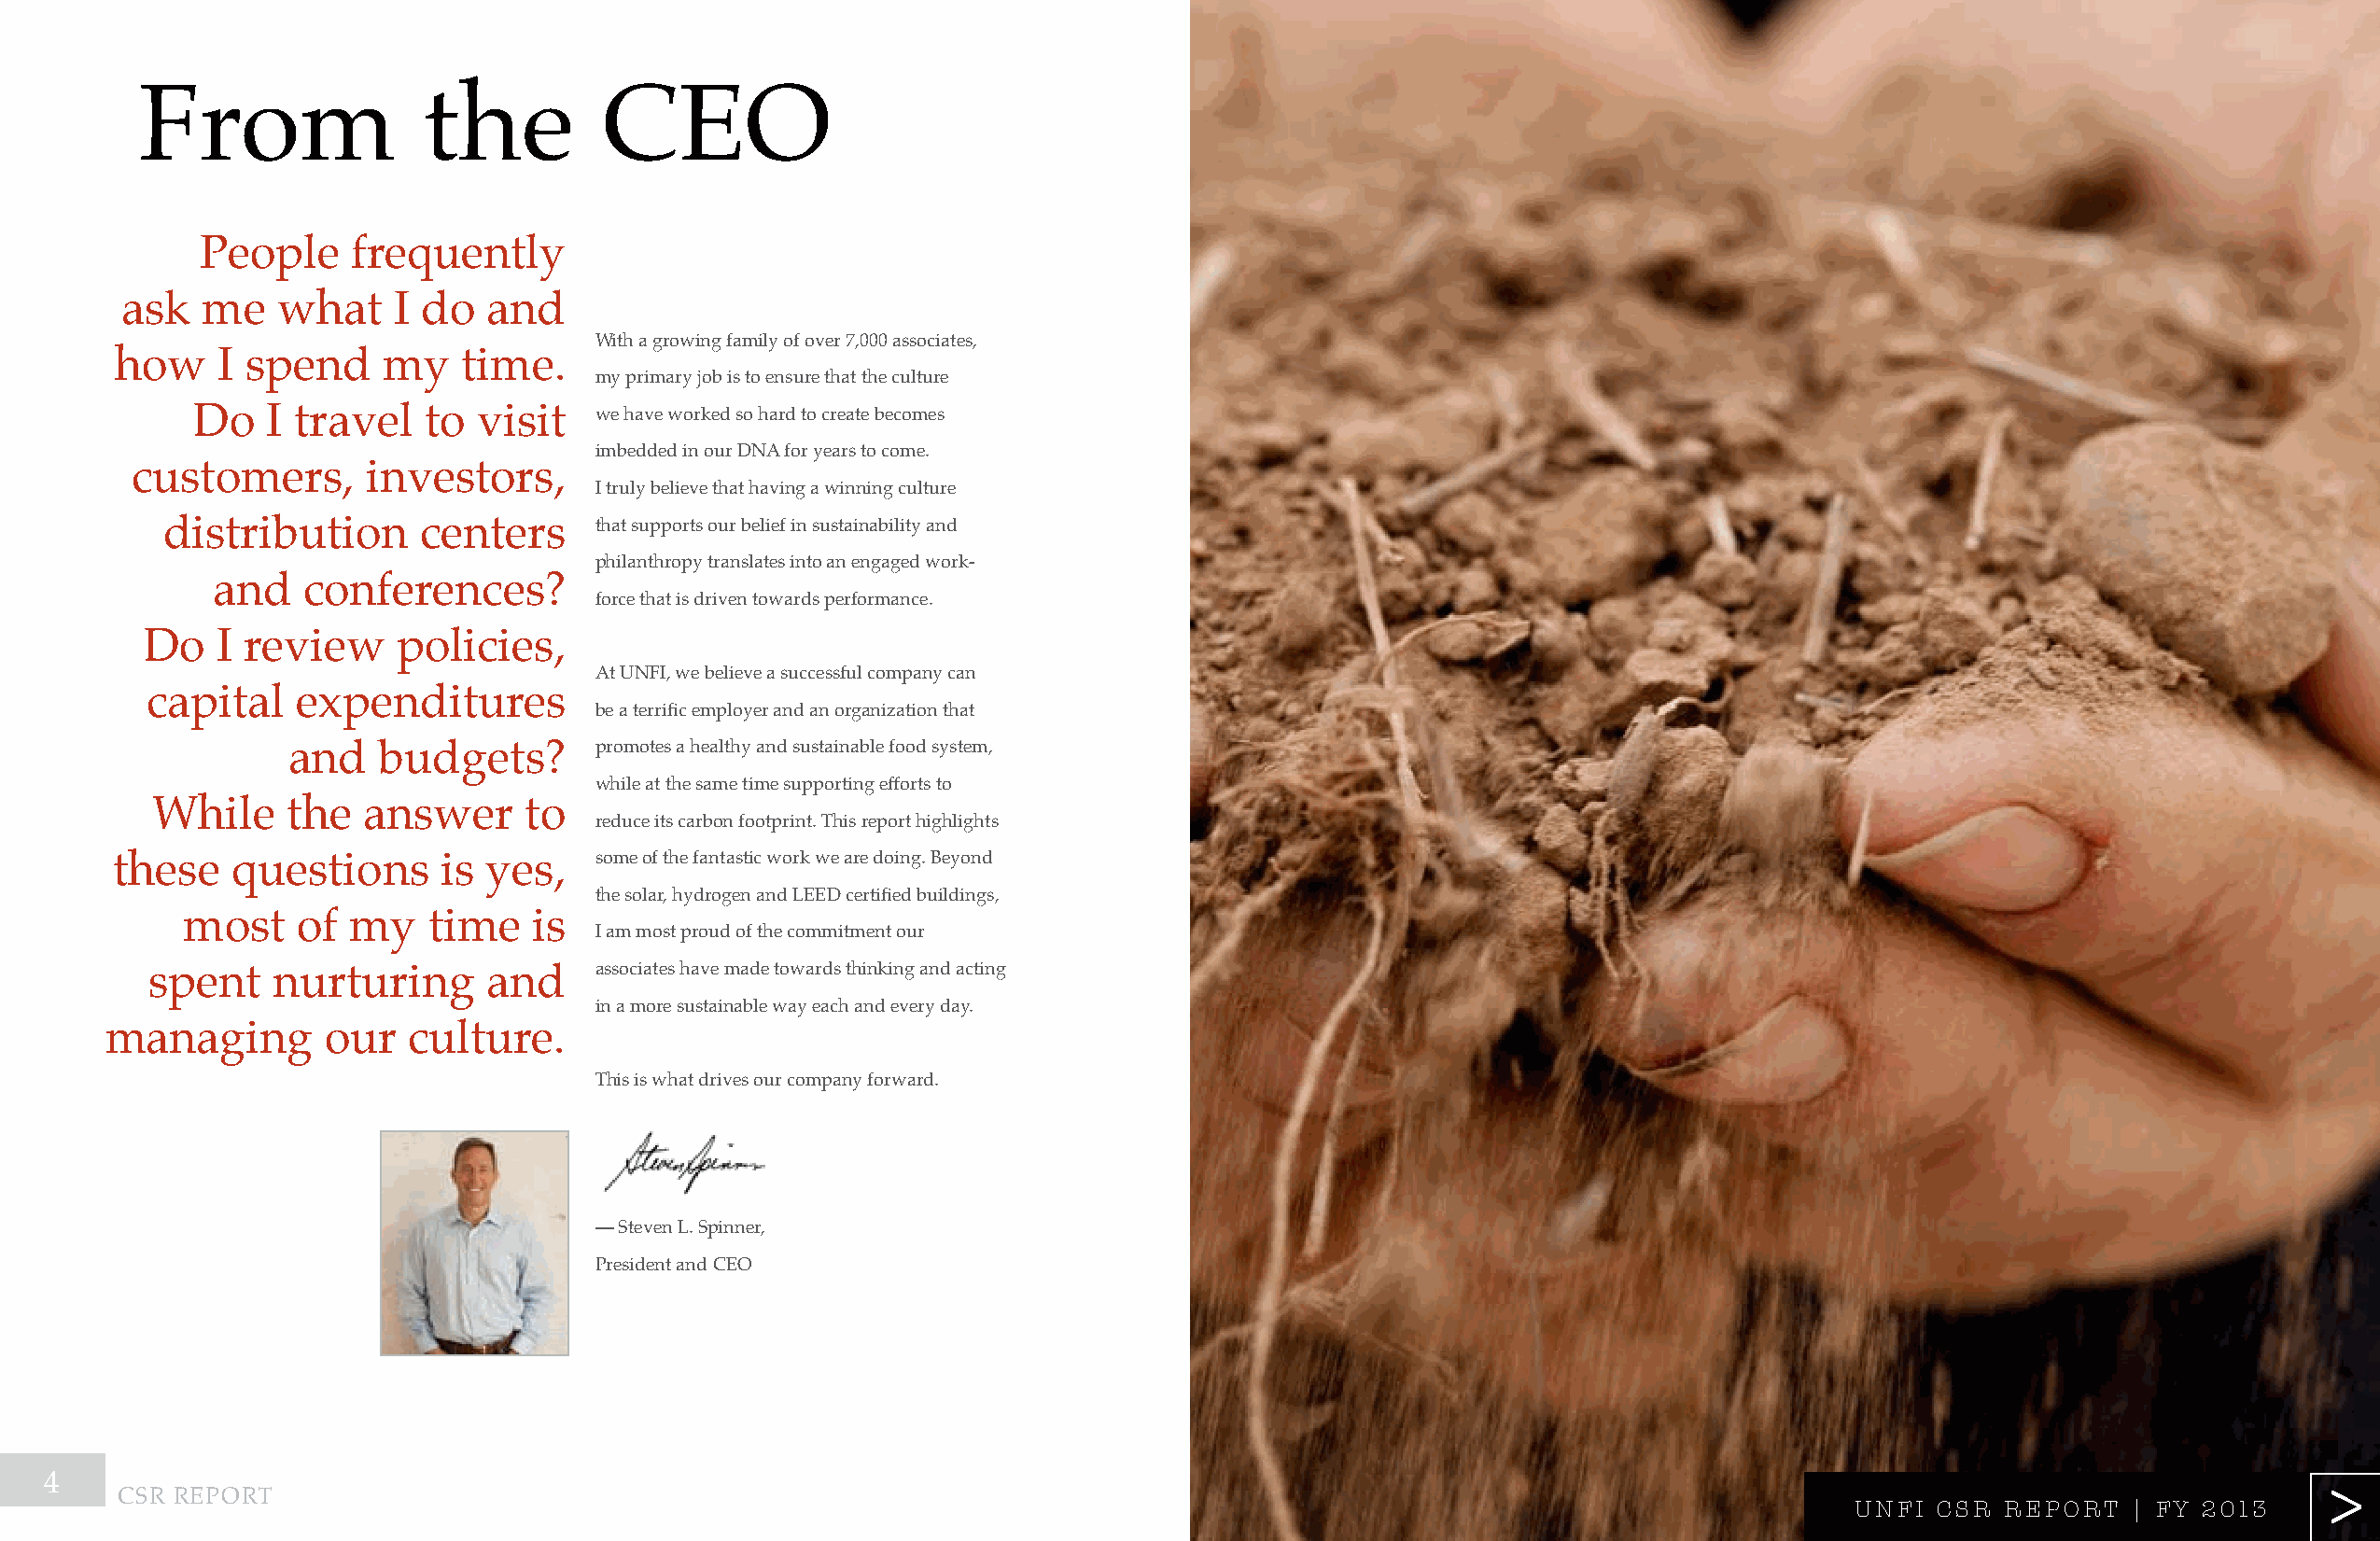
From                the          ceo
 people     frequently
 ask  me    what    i do   and
 With a growing family of over 7,000 associates,
 how    i spend     my    time.
 my primary job is to ensure that the culture
 do   i travel   to  visit   we have worked so hard to create becomes
 imbedded in our dna for years to come.
 customers,       investors,
 i truly believe that having a winning culture
 distribution      centers     that supports our belief in sustainability and
 philanthropy translates into an engaged work-
 and    conferences?
 force that is driven towards performance.
 do   i review     policies,
 at unFi, we believe a successful company can
 capital    expenditures
 be a terrific employer and an organization that
 and    budgets?       promotes a healthy and sustainable food system,
 while at the same time supporting efforts to
 While    the   answer     to
 reduce its carbon footprint. this report highlights
 some of the fantastic work we are doing. Beyond
 these   questions      is yes,
 the solar, hydrogen and LEED certified buildings,
 most    of  my   time    is
 i am most proud of the commitment our
 associates have made towards thinking and acting
 spent   nurturing       and
 in a more sustainable way each and every day.
 managing        our   culture.
 this is what drives our company forward.
 — steven l. spinner,
 president and ceo
 4                                                                                                                                                                 >>>
 csr report
 UNFI CSR  RepoR  t | FY 2013